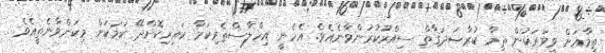
ތިމާއަށް ވީވަރަކުން ތިމާ ކުރާޞަދަޤާތް ސިއްރުކުރަންވާނެއެވެ. އެހެނީ އިހްލާސްތެރިކަމާ ކައިރިކޮށްދޭ ކަމަކަށް މިކަންވާނެތީއެވެ.